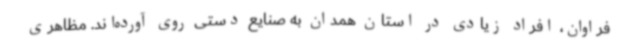
فراوان، افراد زیادی در استان همدان به صنایع دستی روی آورده‌اند. مظاهری